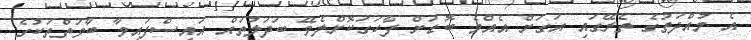
އެ މުއްދަތުގެ ތެރޭގައި އަގަށް އެއްމެ ބޮޑަށް ފާހަގަކޮށްލެވޭ ބަދަލުތައް އައިސްފައިވާ ބާވަތްތަކުގެ